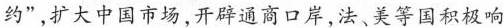
约”，扩大中国市场，开辟通商口岸，法、美等国积极响